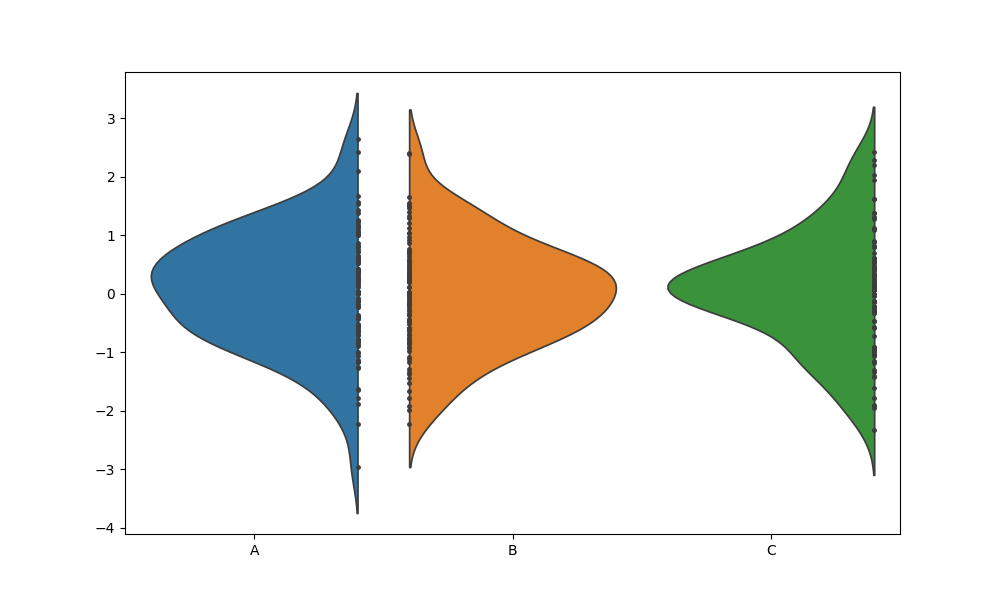
python, seaborn, violinplot, scale='area', split='True', inner='point', fill='True'